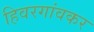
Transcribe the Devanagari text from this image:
हिवरगांवकर